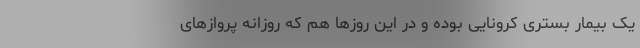
یک بیمار بستری کرونایی بوده و در این روزها هم که روزانه پروازهای